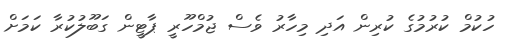
ހުކުމް ކުރުމުގެ ކުރިން އަދި މިހާރު ވެސް ޖުމްހޫރީ ޕާޓީން ގަބޫލުކުރާ ކަމަށް